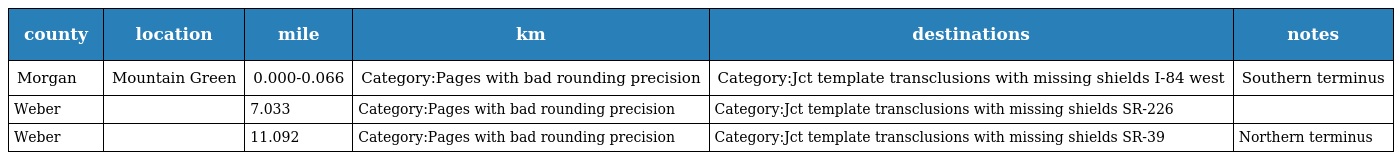
| county | location | mile | km | destinations | notes |
 | --- | --- | --- | --- | --- | --- |
 | Morgan | Mountain Green | 0.000-0.066 | Category:Pages with bad rounding precision | Category:Jct template transclusions with missing shields I-84 west | Southern terminus |
 | Weber |  | 7.033 | Category:Pages with bad rounding precision | Category:Jct template transclusions with missing shields SR-226 |  |
 | Weber |  | 11.092 | Category:Pages with bad rounding precision | Category:Jct template transclusions with missing shields SR-39 | Northern terminus |